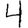
Digit: 4